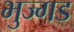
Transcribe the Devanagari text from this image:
भुज्गड